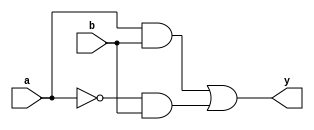
module combinational_logic (
    input wire a,        // First input signal
    input wire b,        // Second input signal
    output reg y         // Output signal
);

// Always block for combinational logic
always @ (a or b) begin
    // Combinational logic operations
    y = (a & b) | (~a & b); // Example: y = (a AND b) OR (NOT a AND b)
end

endmodule